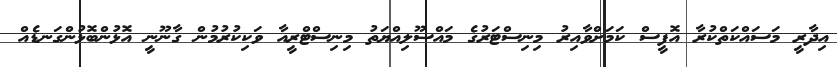
އިދާރީ މަސައްކަތްކުރާ އޮފީސް ކަމަށްވާއިރު މިނިސްޓަރުގެ މައްސޫލިއްޔަތު މިނިސްޓްރީއާ ވަކިކުރުމުން ގާނޫނީ އޮޅުންބޮޅުންގަނޑެއް